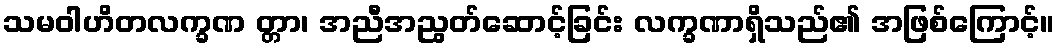
သမဝါဟိတလက္ခဏ တ္တာ၊ အညီအညွတ်ဆောင့်ခြင်း လက္ခဏာရှိသည်၏ အဖြစ်ကြောင့်။